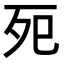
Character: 𭮀